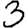
Digit: 3